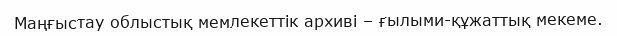
Маңғыстау облыстық мемлекеттік архиві – ғылыми-құжаттық мекеме.